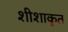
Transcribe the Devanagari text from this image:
शीशाकृत